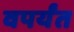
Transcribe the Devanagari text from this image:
वपर्यंत